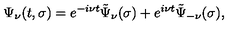
\Psi _ { \nu } ( t , \sigma ) = e ^ { - i \nu t } \tilde { \Psi } _ { \nu } ( \sigma ) + e ^ { i \nu t } \tilde { \Psi } _ { - \nu } ( \sigma ) ,